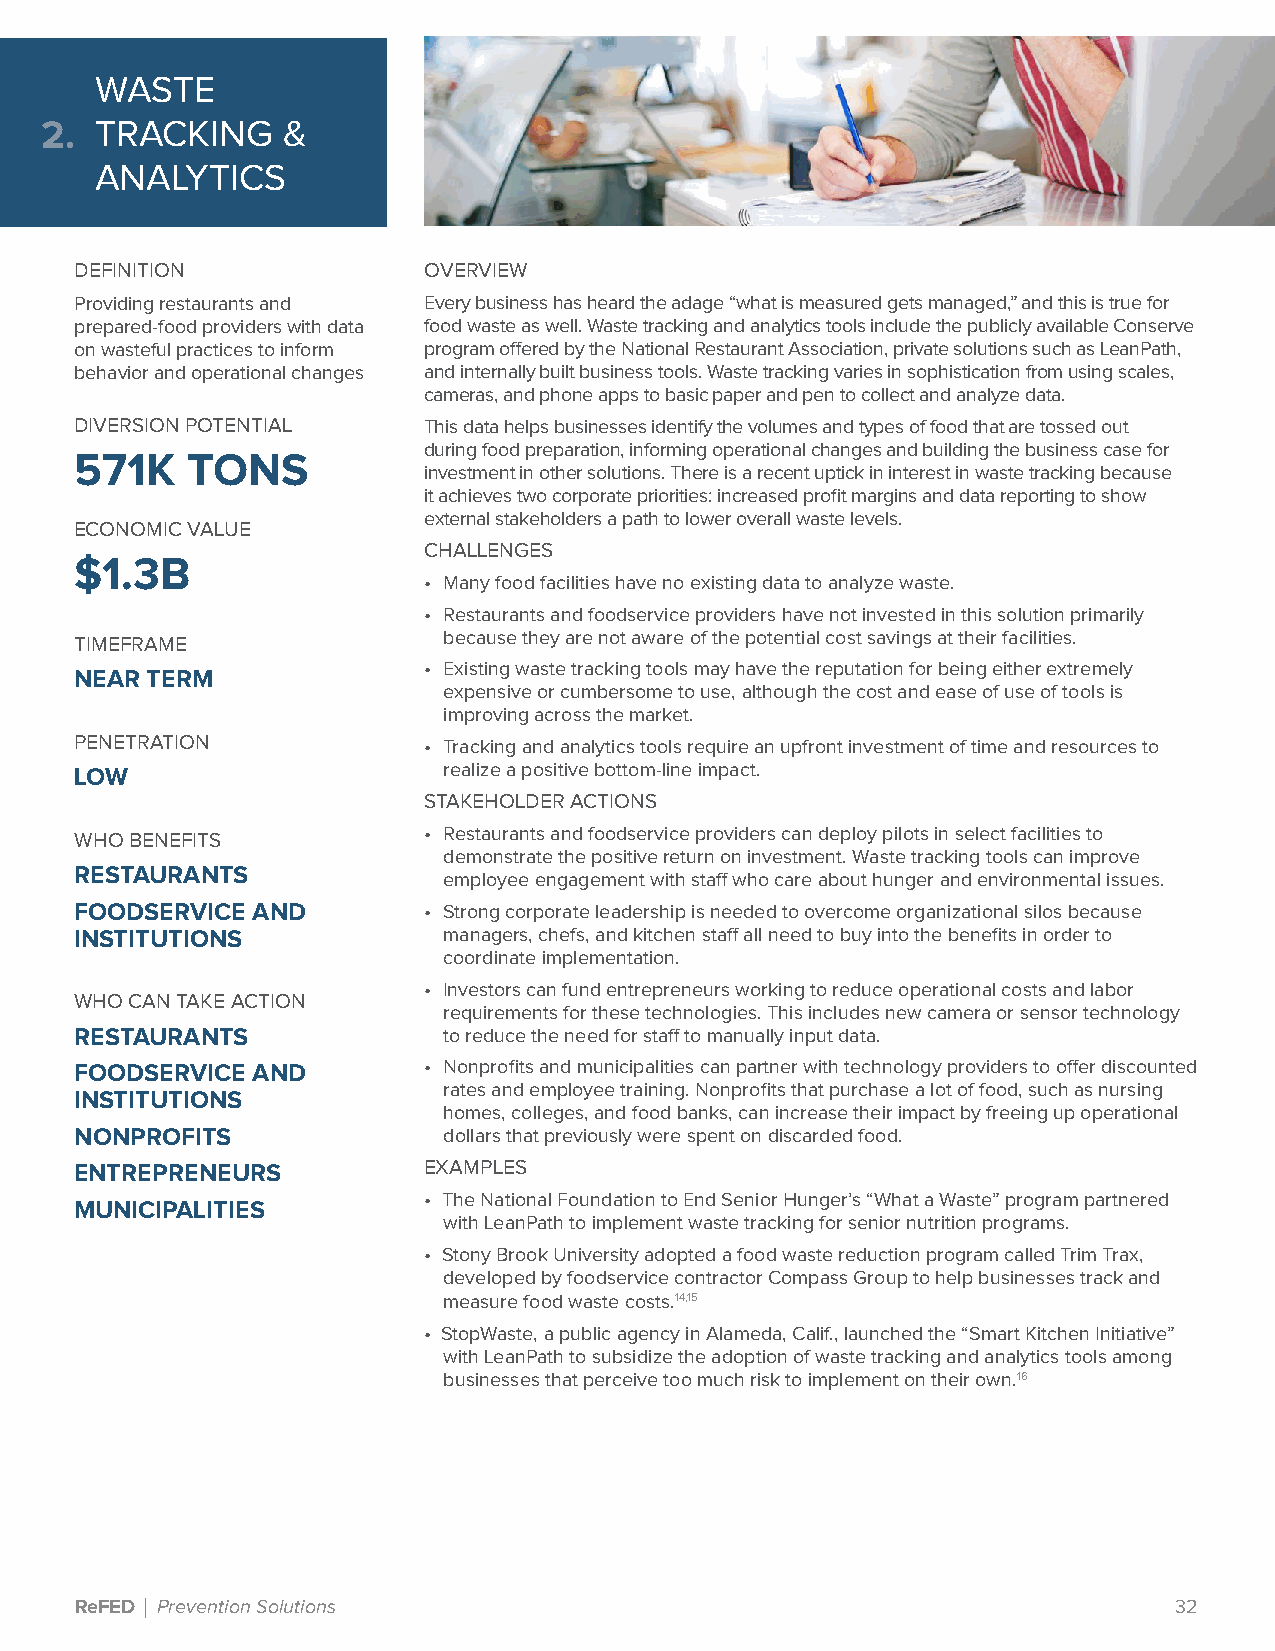
WASTE
 2. TRACKING     &
 ANALYTICS
 DEFINITION             OVERVIEW
 Providing restaurants and Every business has heard the adage “what is measured gets managed,” and this is true for
 prepared-food providers with data food waste as well. Waste tracking and analytics tools include the publicly available Conserve
 on wasteful practices to inform program offered by the National Restaurant Association, private solutions such as LeanPath,
 behavior and operational changes and internally built business tools. Waste tracking varies in sophistication from using scales,
 cameras, and phone apps to basic paper and pen to collect and analyze data.
 DIVERSION POTENTIAL    This data helps businesses identify the volumes and types of food that are tossed out
 during food preparation, informing operational changes and building the business case for
 571K   TONS
 investment in other solutions. There is a recent uptick in interest in waste tracking because
 it achieves two corporate priorities: increased profit margins and data reporting to show
 external stakeholders a path to lower overall waste levels.
 ECONOMIC VALUE
 CHALLENGES
 $1.3B
 • Many food facilities have no existing data to analyze waste.
 • Restaurants and foodservice providers have not invested in this solution primarily
 because they are not aware of the potential cost savings at their facilities.
 TIMEFRAME
 • Existing waste tracking tools may have the reputation for being either extremely
 NEAR TERM
 expensive or cumbersome to use, although the cost and ease of use of tools is
 improving across the market.
 PENETRATION            • Tracking and analytics tools require an upfront investment of time and resources to
 LOW                     realize a positive bottom-line impact.
 STAKEHOLDER ACTIONS
 WHO BENEFITS           • Restaurants and foodservice providers can deploy pilots in select facilities to
 demonstrate the positive return on investment. Waste tracking tools can improve
 RESTAURANTS
 employee engagement with staff who care about hunger and environmental issues.
 FOODSERVICE AND        • Strong corporate leadership is needed to overcome organizational silos because
 INSTITUTIONS            managers, chefs, and kitchen staff all need to buy into the benefits in order to
 coordinate implementation.
 • Investors can fund entrepreneurs working to reduce operational costs and labor
 WHO CAN TAKE ACTION
 requirements for these technologies. This includes new camera or sensor technology
 RESTAURANTS             to reduce the need for staff to manually input data.
 FOODSERVICE AND        • Nonprofits and municipalities can partner with technology providers to offer discounted
 rates and employee training. Nonprofits that purchase a lot of food, such as nursing
 INSTITUTIONS
 homes, colleges, and food banks, can increase their impact by freeing up operational
 NONPROFITS              dollars that previously were spent on discarded food.
 ENTREPRENEURS          EXAMPLES
 • The National Foundation to End Senior Hunger’s “What a Waste” program partnered
 MUNICIPALITIES
 with LeanPath to implement waste tracking for senior nutrition programs.
 • Stony Brook University adopted a food waste reduction program called Trim Trax,
 developed by foodservice contractor Compass Group to help businesses track and
 measure food waste costs.14,15
 • StopWaste, a public agency in Alameda, Calif., launched the “Smart Kitchen Initiative”
 with LeanPath to subsidize the adoption of waste tracking and analytics tools among
 businesses that perceive too much risk to implement on their own.16
 ReFED | Prevention Solutions                                             32